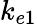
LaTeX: k_{e1}